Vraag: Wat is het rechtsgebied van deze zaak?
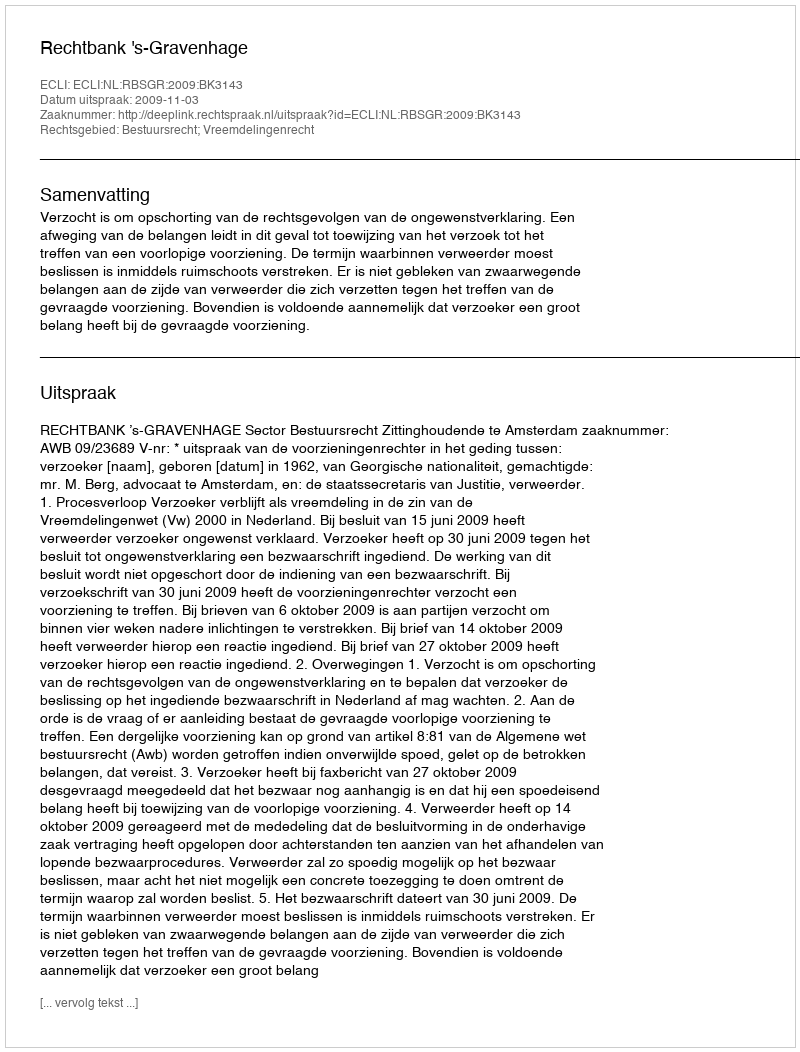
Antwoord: Bestuursrecht; Vreemdelingenrecht